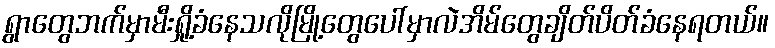
ရွာတွေဘက်မှာမီးရှို့ခံနေသလိုမြို့တွေပေါ်မှာလဲအိမ်တွေချိတ်ပိတ်ခံနေရတယ်။